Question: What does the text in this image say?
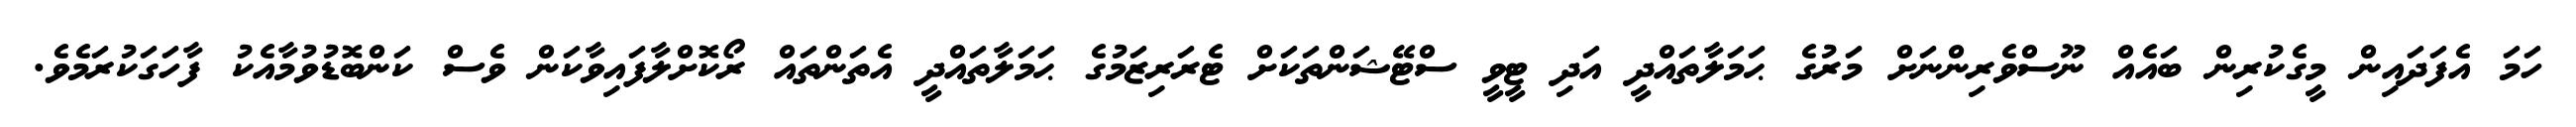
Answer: ހަމަ އެފަދައިން މީގެކުރިން ބައެއް ނޫސްވެރިންނަށް މަރުގެ ޙަމަލާތައްދީ އަދި ޓީވީ ސްޓޭޝަންތަކަށް ޓެރަރިޒަމުގެ ޙަމަލާތައްދީ އެތަންތައް ރޯކޮށްލާފައިވާކަން ވެސް ކަންބޮޑުވުމާއެކު ފާހަގަކުރަމެވެ.